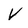
Character: V